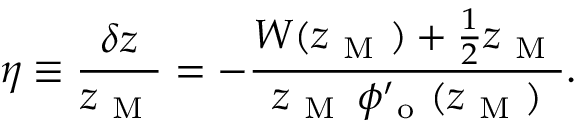
\eta \equiv \frac { \delta z } { z _ { \mathrm { ~ M ~ } } } = - \frac { W ( z _ { \mathrm { ~ M ~ } } ) + \frac { 1 } { 2 } z _ { \mathrm { ~ M ~ } } } { z _ { \mathrm { ~ M ~ } } \, \phi _ { \mathrm { ~ o ~ } } ^ { \prime } ( z _ { \mathrm { ~ M ~ } } ) } .